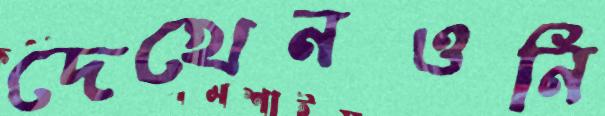
দেখেনওনি